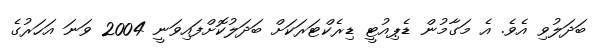
ބަދަލުވި އެވެ. އެ މަގާމުން ޑެޕިއުޓީ ޑިރެކްޓަރަކަށް ބަދަލުކޮށްފައިވަނީ 2004 ވަނަ އަހަރުގެ